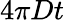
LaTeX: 4\pi Dt